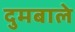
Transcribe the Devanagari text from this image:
दुमबाले